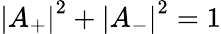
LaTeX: \left|A_{+}\right|^{2}+\left|A_{-}\right|^{2}=1